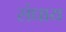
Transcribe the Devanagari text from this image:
संधाय